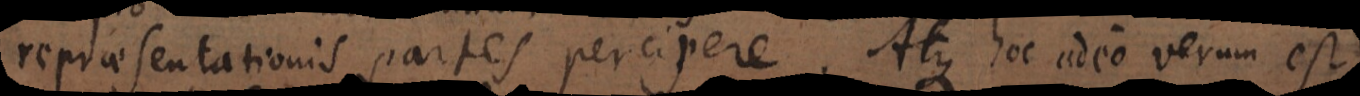
repraesentationis partes percipere. Atque hoc adeo verum est,